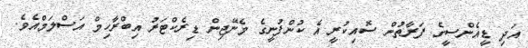
އަދި ޑީއެންސީގެ ފަރާތުން ސޮއިކުރީ އެ ކުންފުނީގެ މެނޭޖިން ޑިރެކްޓަރު އިބްރާހިމް އަސްލަމްއެވެ.